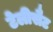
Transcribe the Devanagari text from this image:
टेलीसैट